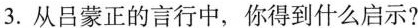
3.从吕蒙正的言行中，你得到什么启示?